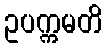
ဥပက္ကမတိ